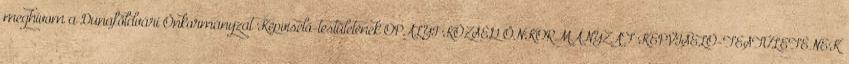
meghívom a Dunaföldvári Önkormányzat Képviselő-testületének ÓPÁLYI KÖZSÉG ÖNKORMÁNYZAT KÉPVISELŐ-TESTÜLETÉNEK